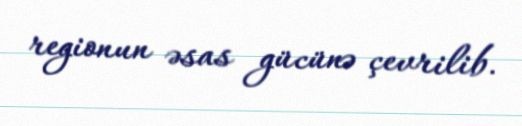
regionun əsas gücünə çevrilib.